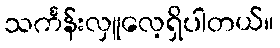
သင်္ကန်းလှူလေ့ရှိပါတယ်။